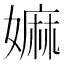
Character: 嫲